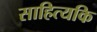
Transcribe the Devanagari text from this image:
साहित्यकि